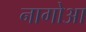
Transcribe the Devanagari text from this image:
नागोआ